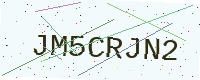
Text: JM5CRJN2